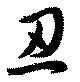
忍